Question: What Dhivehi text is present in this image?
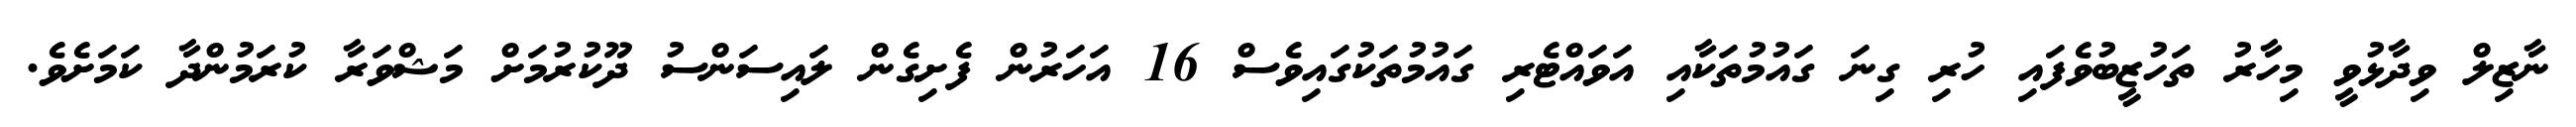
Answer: ނާޒިލް ވިދާޅުވީ މިހާރު ތަހުޒީބުވެފައި ހުރި ގިނަ ގައުމުތަކާއި އަވައްޓެރި ގައުމުތަކުގައިވެސް 16 އަހަރުން ފެށިގެން ލައިސަންސު ދޫކުރުމަށް މަޝްވަރާ ކުރަމުންދާ ކަމަށެވެ.